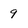
Character: 9